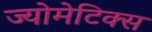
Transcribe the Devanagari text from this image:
ज्योमेटिक्स